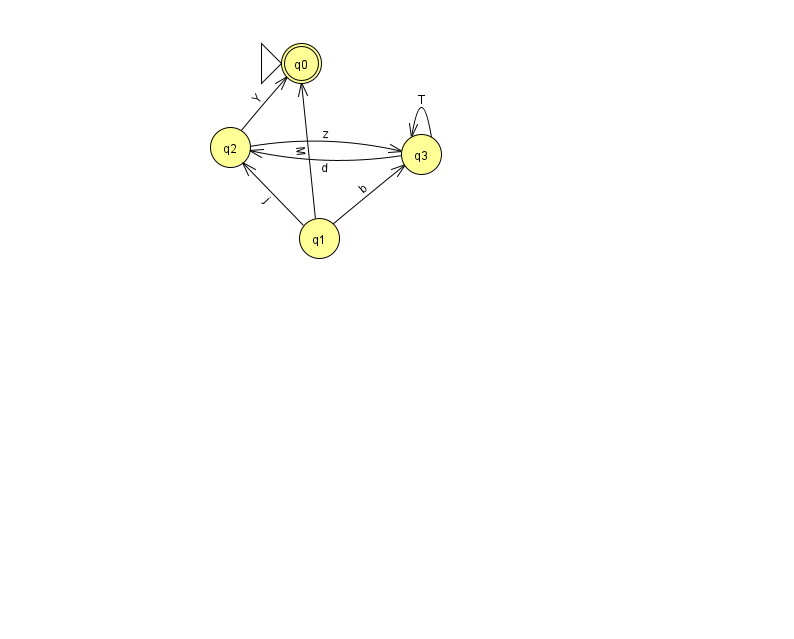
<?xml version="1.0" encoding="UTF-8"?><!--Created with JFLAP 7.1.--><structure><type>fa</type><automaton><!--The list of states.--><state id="0" name="q0"><x>301.0</x><y>50.0</y><initial/><final/></state><state id="1" name="q1"><x>319.0</x><y>225.0</y></state><state id="2" name="q2"><x>230.0</x><y>134.0</y></state><state id="3" name="q3"><x>421.0</x><y>141.0</y></state><!--The list of transitions.--><transition><from>3</from><to>2</to><read>d</read></transition><transition><from>1</from><to>3</to><read>b</read></transition><transition><from>3</from><to>3</to><read>T</read></transition><transition><from>1</from><to>2</to><read>j</read></transition><transition><from>2</from><to>0</to><read>Y</read></transition><transition><from>1</from><to>0</to><read>M</read></transition><transition><from>2</from><to>3</to><read>z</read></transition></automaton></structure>